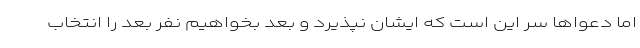
اما دعواها سر این است که ایشان نپذیرد و بعد بخواهیم نفر بعد را انتخاب